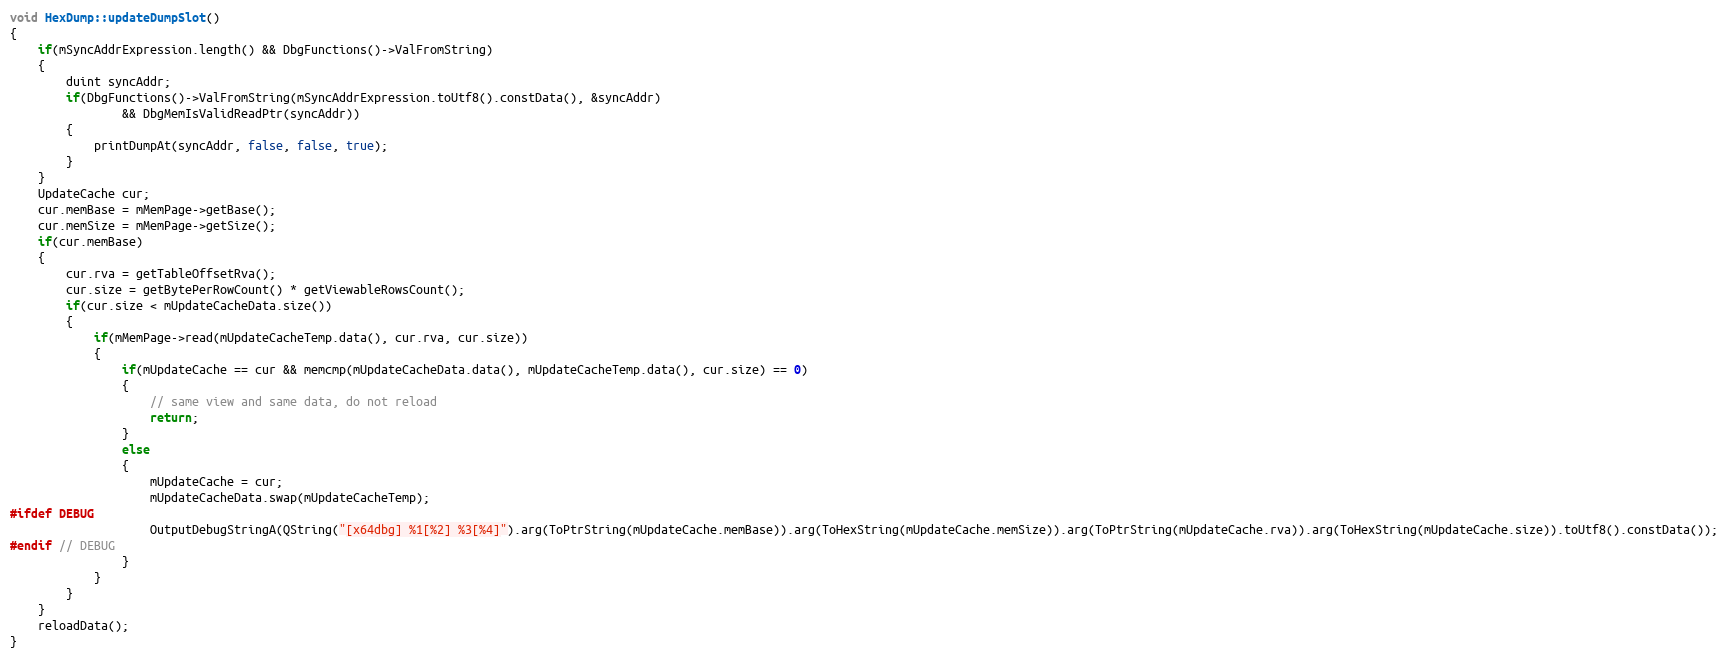
Language: C++
void HexDump::updateDumpSlot()
{
    if(mSyncAddrExpression.length() && DbgFunctions()->ValFromString)
    {
        duint syncAddr;
        if(DbgFunctions()->ValFromString(mSyncAddrExpression.toUtf8().constData(), &syncAddr)
                && DbgMemIsValidReadPtr(syncAddr))
        {
            printDumpAt(syncAddr, false, false, true);
        }
    }
    UpdateCache cur;
    cur.memBase = mMemPage->getBase();
    cur.memSize = mMemPage->getSize();
    if(cur.memBase)
    {
        cur.rva = getTableOffsetRva();
        cur.size = getBytePerRowCount() * getViewableRowsCount();
        if(cur.size < mUpdateCacheData.size())
        {
            if(mMemPage->read(mUpdateCacheTemp.data(), cur.rva, cur.size))
            {
                if(mUpdateCache == cur && memcmp(mUpdateCacheData.data(), mUpdateCacheTemp.data(), cur.size) == 0)
                {
                    // same view and same data, do not reload
                    return;
                }
                else
                {
                    mUpdateCache = cur;
                    mUpdateCacheData.swap(mUpdateCacheTemp);
#ifdef DEBUG
                    OutputDebugStringA(QString("[x64dbg] %1[%2] %3[%4]").arg(ToPtrString(mUpdateCache.memBase)).arg(ToHexString(mUpdateCache.memSize)).arg(ToPtrString(mUpdateCache.rva)).arg(ToHexString(mUpdateCache.size)).toUtf8().constData());
#endif // DEBUG
                }
            }
        }
    }
    reloadData();
}